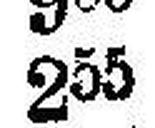
255